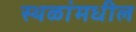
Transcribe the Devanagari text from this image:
स्थळांमधील